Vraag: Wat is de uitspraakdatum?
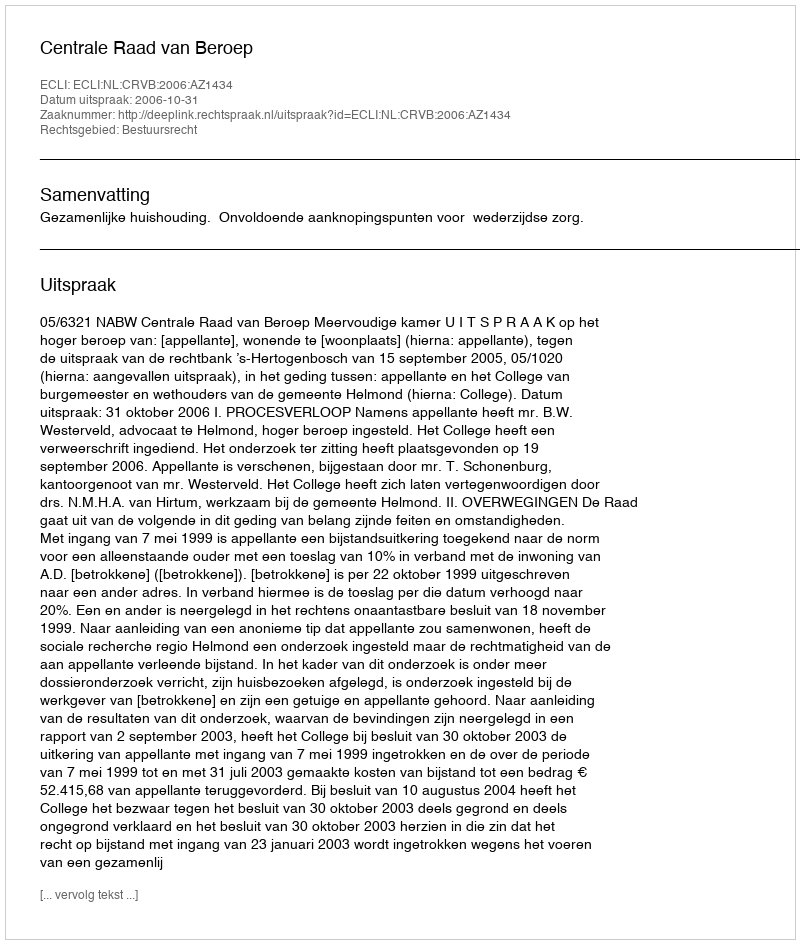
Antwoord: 2006-10-31